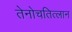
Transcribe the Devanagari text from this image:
तेनोचतित्लान